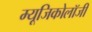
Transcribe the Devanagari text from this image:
म्‍यूजिकोलॉजी